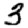
Digit: 3